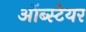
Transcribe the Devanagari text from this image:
ऑब्स्टेयर